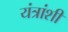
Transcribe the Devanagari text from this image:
यंत्रांशी